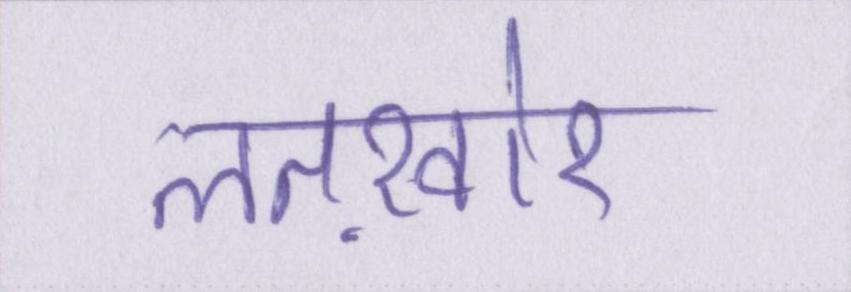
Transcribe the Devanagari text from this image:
लतख़ोर